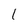
Character: 1